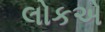
લોકએ